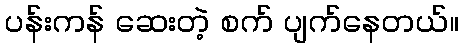
ပန်းကန် ဆေးတဲ့ စက် ပျက်နေတယ်။